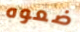
ضعوه